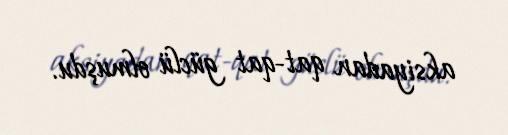
aksiyadan qat-qat güclü olmuşdu.